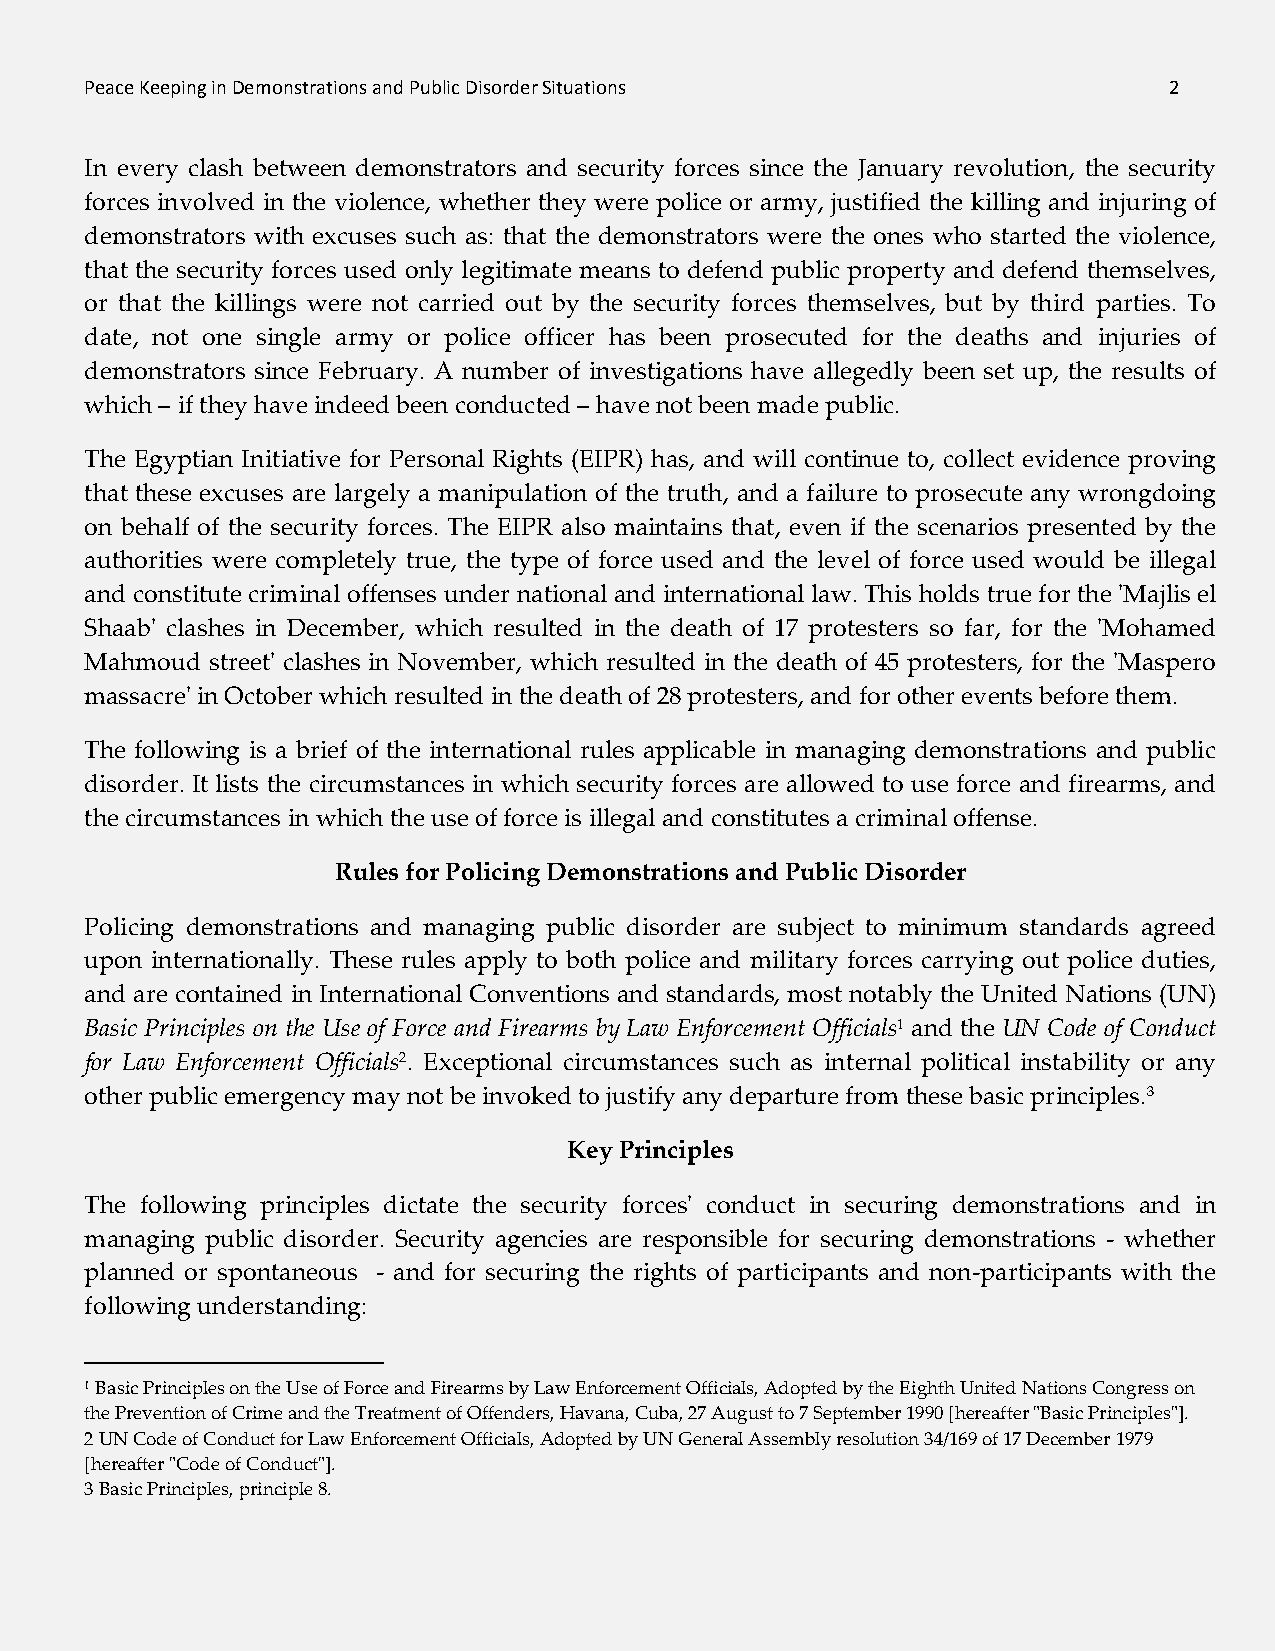
Peace Keeping in Demonstrations and Public Disorder Situations         2
 In every clash between demonstrators and security forces since the January revolution, the security
 forces involved in the violence, whether they were police or army, justified the killing and injuring of
 demonstrators with excuses such as: that the demonstrators were the ones who started the violence,
 that the security forces used only legitimate means to defend public property and defend themselves,
 or that the killings were not carried out by the security forces themselves, but by third parties. To
 date, not one single army or police officer has been prosecuted for the deaths and injuries of
 demonstrators since February. A number of investigations have allegedly been set up, the results of
 which – if they have indeed been conducted – have not been made public.
 The Egyptian Initiative for Personal Rights (EIPR) has, and will continue to, collect evidence proving
 that these excuses are largely a manipulation of the truth, and a failure to prosecute any wrongdoing
 on behalf of the security forces. The EIPR also maintains that, even if the scenarios presented by the
 authorities were completely true, the type of force used and the level of force used would be illegal
 and constitute criminal offenses under national and international law. This holds true for the 'Majlis el
 Shaab' clashes in December, which resulted in the death of 17 protesters so far, for the 'Mohamed
 Mahmoud street' clashes in November, which resulted in the death of 45 protesters, for the 'Maspero
 massacre' in October which resulted in the death of 28 protesters, and for other events before them.
 The following is a brief of the international rules applicable in managing demonstrations and public
 disorder. It lists the circumstances in which security forces are allowed to use force and firearms, and
 the circumstances in which the use of force is illegal and constitutes a criminal offense.
 Rules for Policing Demonstrations and Public Disorder
 Policing demonstrations and managing public disorder are subject to minimum standards agreed
 upon internationally. These rules apply to both police and military forces carrying out police duties,
 and are contained in International Conventions and standards, most notably the United Nations (UN)
 Basic Principles on the Use of Force and Firearms by Law Enforcement Officials1 and the UN Code of Conduct
 for Law Enforcement Officials2. Exceptional circumstances such as internal political instability or any
 other public emergency may not be invoked to justify any departure from these basic principles.3
 Key Principles
 The following principles dictate the security forces' conduct in securing demonstrations and in
 managing public disorder. Security agencies are responsible for securing demonstrations - whether
 planned or spontaneous - and for securing the rights of participants and non-participants with the
 following understanding:
 1 Basic Principles on the Use of Force and Firearms by Law Enforcement Officials, Adopted by the Eighth United Nations Congress on
 the Prevention of Crime and the Treatment of Offenders, Havana, Cuba, 27 August to 7 September 1990 [hereafter "Basic Principles"].
 2 UN Code of Conduct for Law Enforcement Officials, Adopted by UN General Assembly resolution 34/169 of 17 December 1979
 [hereafter "Code of Conduct"].
 3 Basic Principles, principle 8.